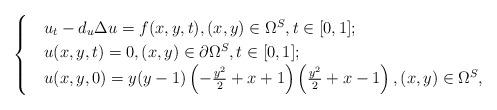
LaTeX: \begin{align*}\begin{cases}&u_t -d_u\Delta u = f(x,y,t), (x,y) \in \Omega^S, t\in [0,1];\\&u(x,y,t) = 0, (x,y) \in \partial \Omega^S, t\in [0,1];\\&u(x,y,0) = y(y - 1)\left(- \frac{y^2}{2} + x + 1\right)\left(\frac{y^2}{2} + x - 1\right), (x,y) \in \Omega^S,\end{cases}\end{align*}